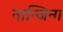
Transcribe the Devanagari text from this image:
नान्जिन्ग